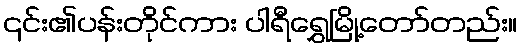
၎င်း၏ပန်းတိုင်ကား ပါရီရွှေမြို့တော်တည်း။